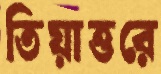
তিয়াত্তরে